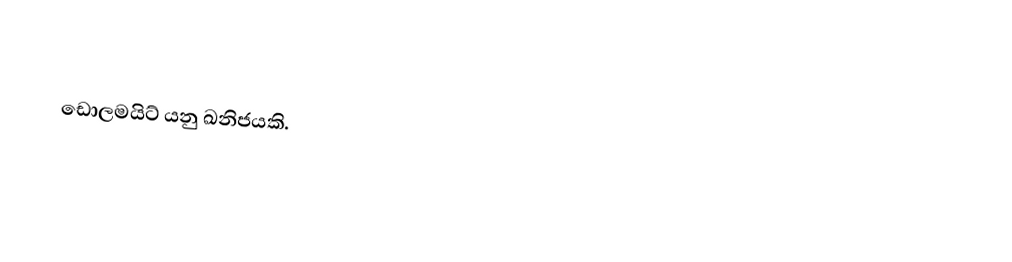

ඩොලමයිට් යනු ඛනිජයකි.